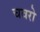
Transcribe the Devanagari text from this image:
चवरो